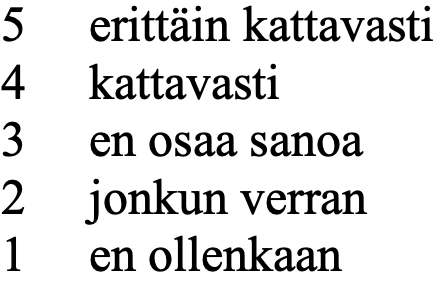
5  erittäin kattavasti 4  kattavasti 3  en osaa sanoa 2  jonkun verran 1  en ollenkaan